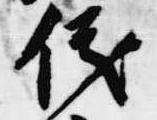
儀